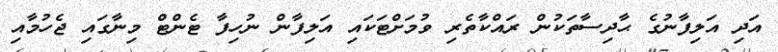
އަދި އަލިފާނުގެ ޙާދިސާތަކުން ރައްކާތެރި ވުމަށްޓަކައި އަލިފާން ނުހިފާ ޓެންޓް މިނާގައި ޖެހުމާއި